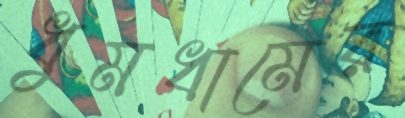
ধুমধামের